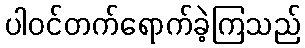
ပါဝင်တက်ရောက်ခဲ့ကြသည်